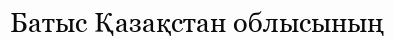
Батыс Қазақстан облысының